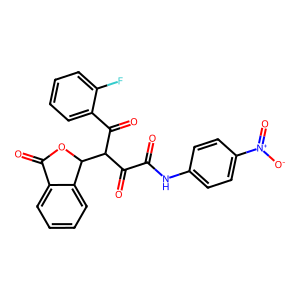
SMILES: O=C(Nc1ccc([N+](=O)[O-])cc1)C(=O)C(C(=O)c1ccccc1F)C1OC(=O)c2ccccc21
Inhibits HIV replication: No